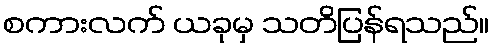
စကားလက် ယခုမှ သတိပြန်ရသည်။